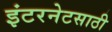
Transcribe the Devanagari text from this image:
इंटरनेटसाठी